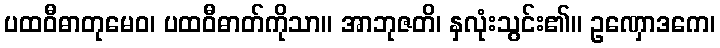
ပထဝီဓာတုမေဝ၊ ပထဝီဓာတ်ကိုသာ။ အာဘုဇတိ၊ နှလုံးသွင်း၏။ ဥဏှောဒကေ၊